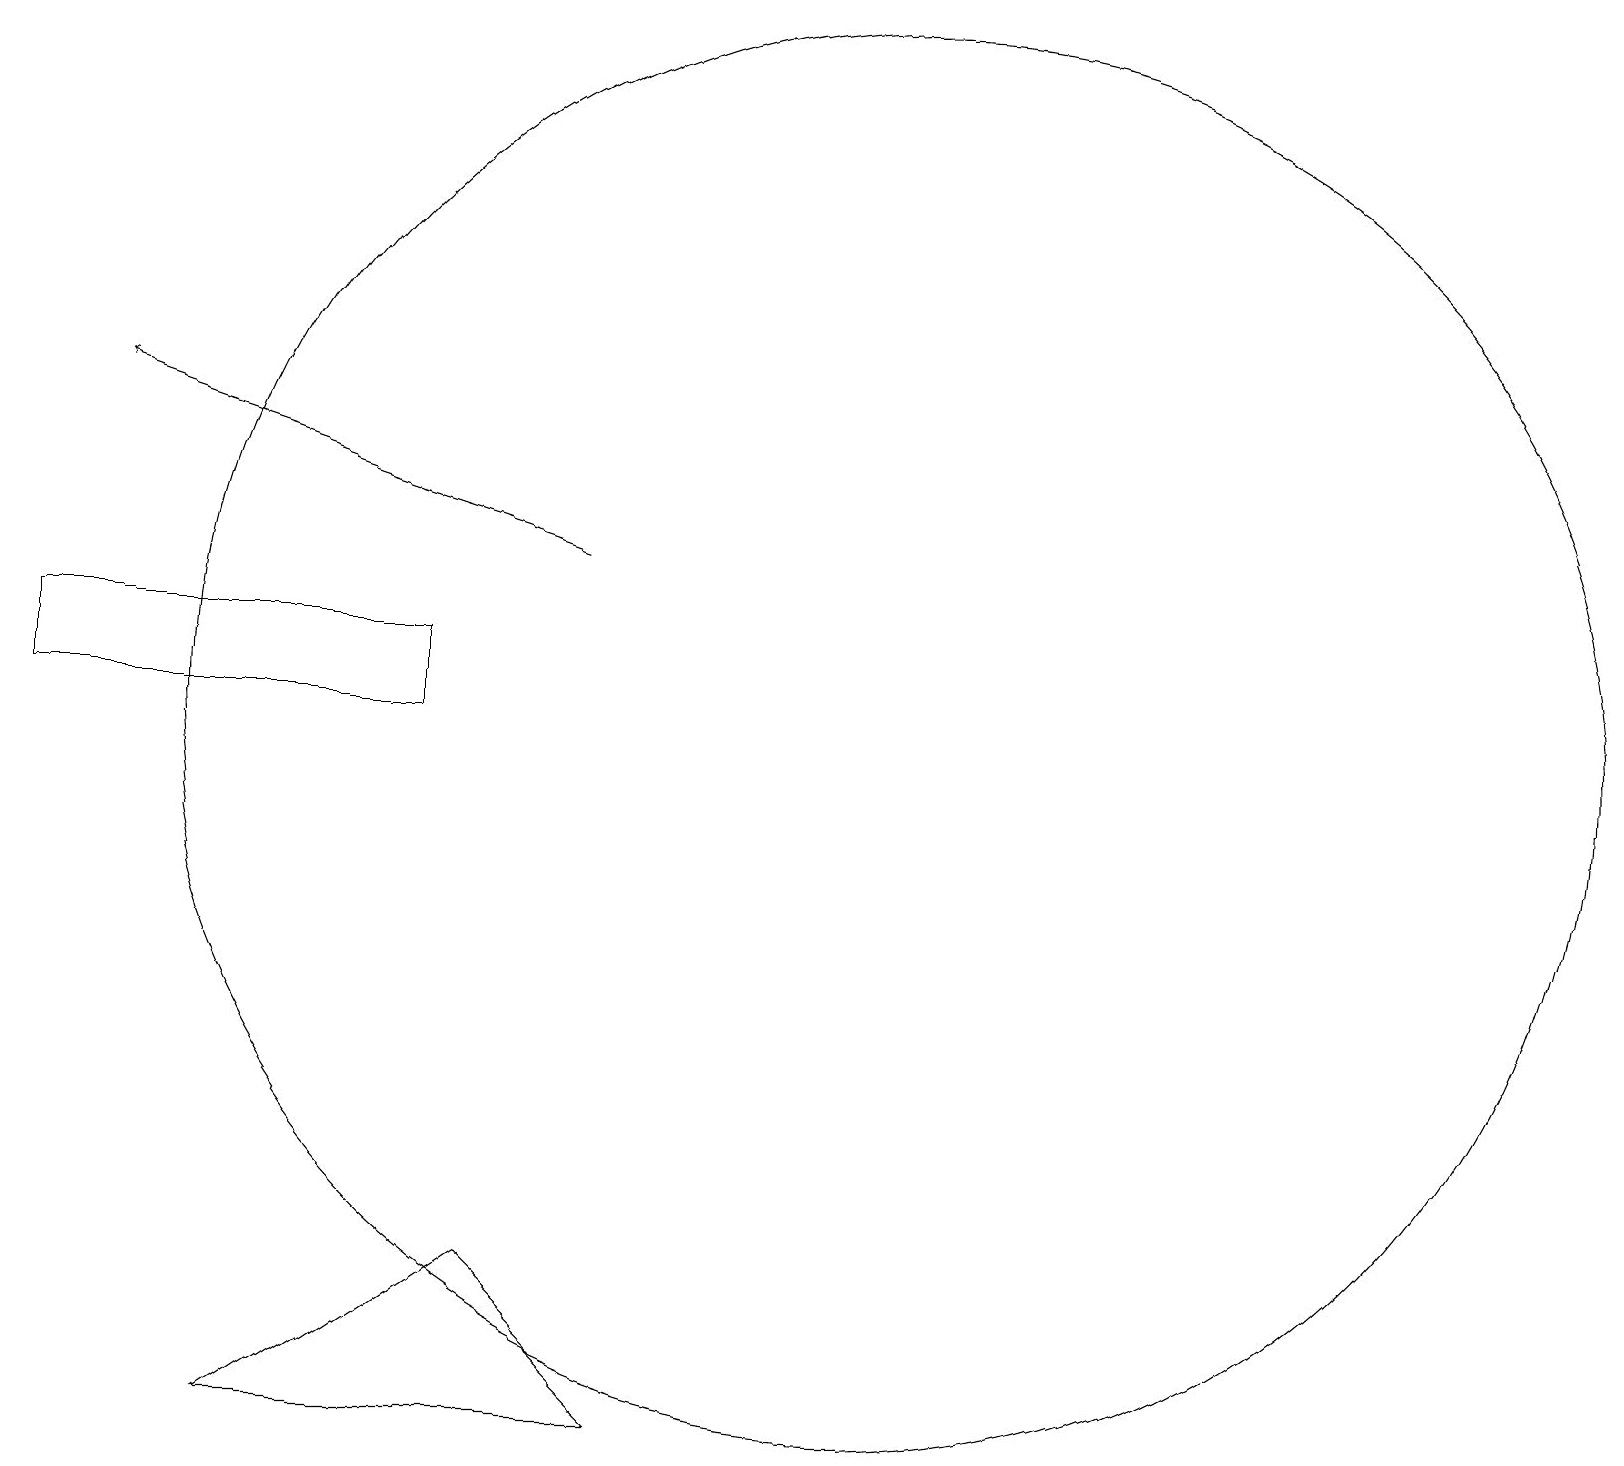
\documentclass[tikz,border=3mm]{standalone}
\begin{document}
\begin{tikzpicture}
\draw[->] (7,14) -- (1,16);
\draw (8,3) -- (3,3) -- (6,5) -- cycle;
\draw (5,13) rectangle (0,12);
\draw (11,12) circle (9);
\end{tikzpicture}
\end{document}